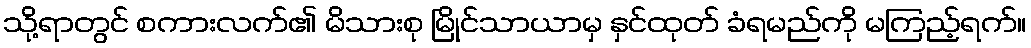
သို့ရာတွင် စကားလက်၏ မိသားစု မြိုင်သာယာမှ နှင်ထုတ် ခံရမည်ကို မကြည့်ရက်။